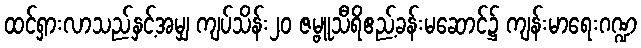
ထင်ရှားလာသည်နှင့်အမျှ ကျပ်သိန်း၂၀ ဇမ္ဗူသီရိဧည့်ခန်းမဆောင်၌ ကျန်းမာရေးဂဏ္ဍ